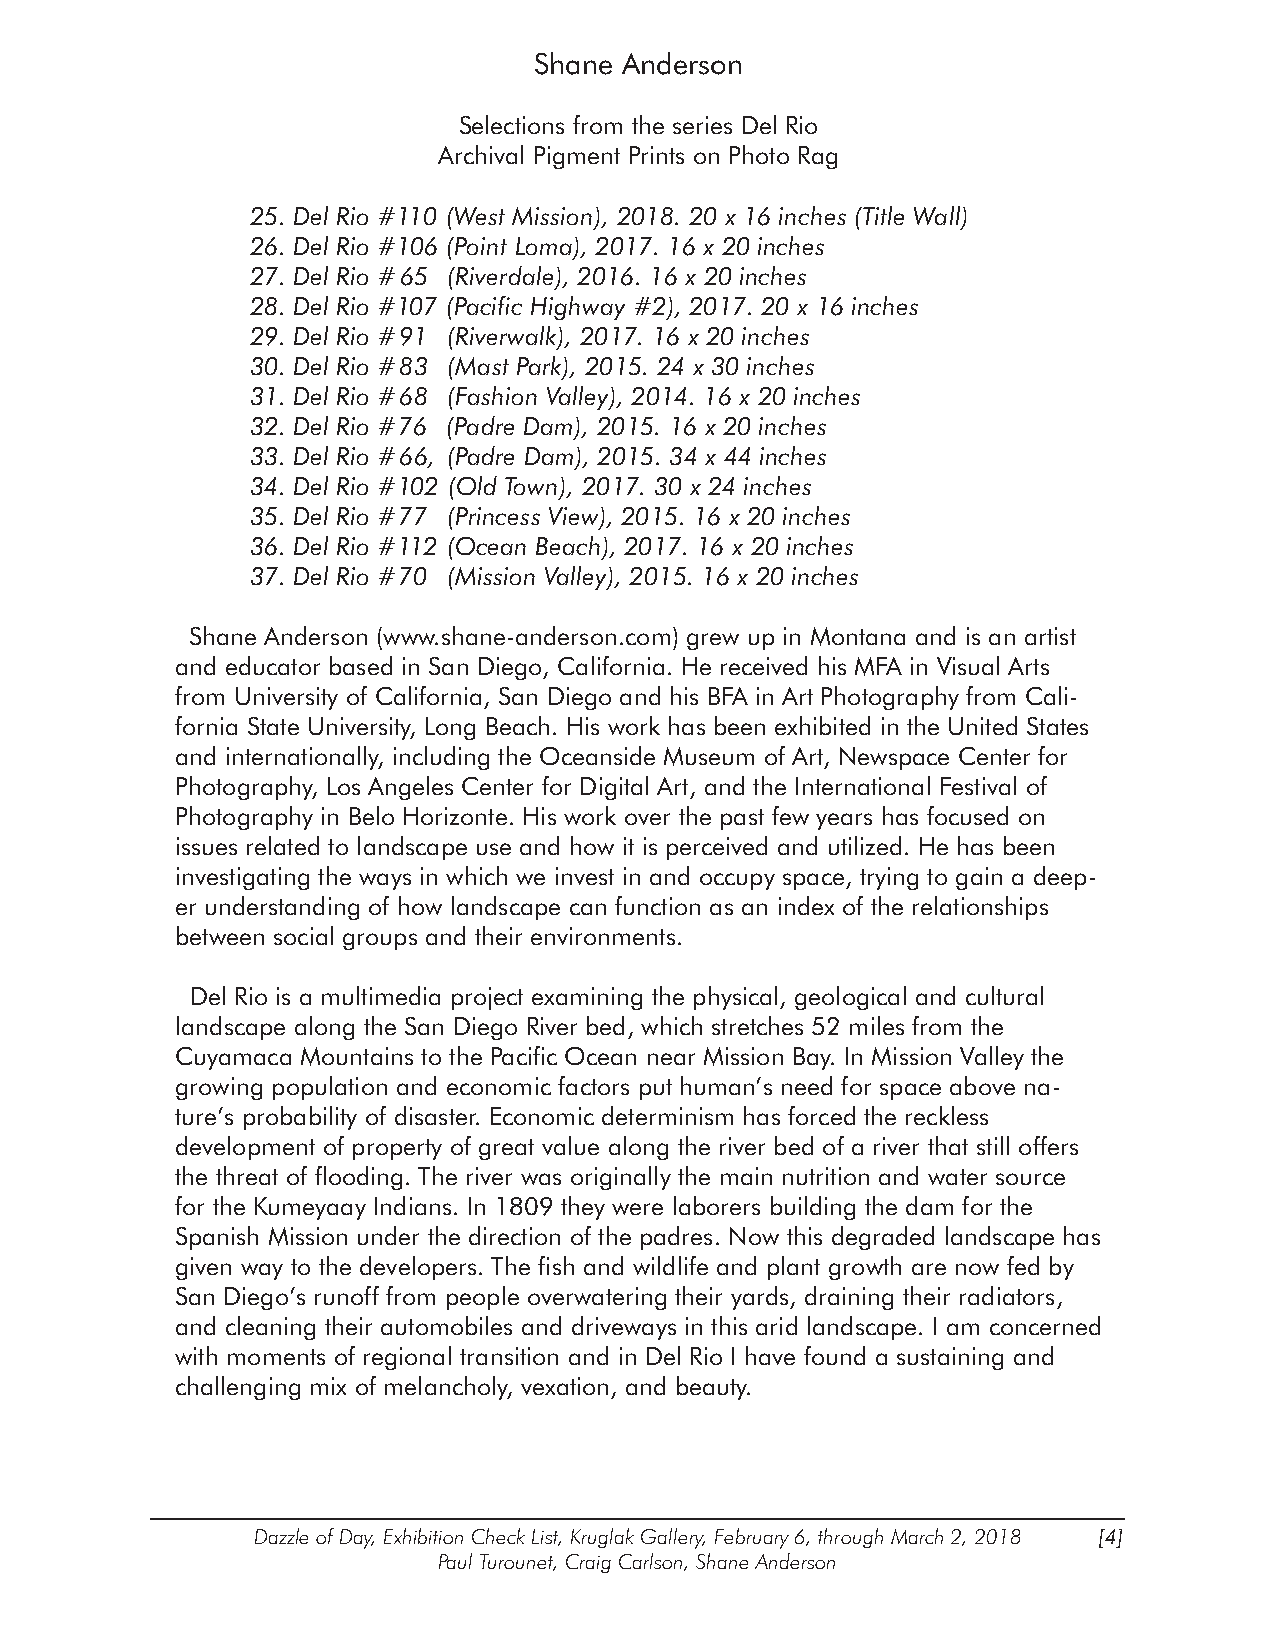
Shane Anderson
 Selections from the series Del Rio
 Archival Pigment Prints on Photo Rag
 25. Del Rio #110 (West Mission), 2018. 20 x 16 inches (Title Wall)
 26. Del Rio #106 (Point Loma), 2017. 16 x 20 inches
 27. Del Rio #65 (Riverdale), 2016. 16 x 20 inches
 28. Del Rio #107 (Pacific Highway #2), 2017. 20 x 16 inches
 29. Del Rio #91 (Riverwalk), 2017. 16 x 20 inches
 30. Del Rio #83 (Mast Park), 2015. 24 x 30 inches
 31. Del Rio #68 (Fashion Valley), 2014. 16 x 20 inches
 32. Del Rio #76 (Padre Dam), 2015. 16 x 20 inches
 33. Del Rio #66, (Padre Dam), 2015. 34 x 44 inches
 34. Del Rio #102 (Old Town), 2017. 30 x 24 inches
 35. Del Rio #77 (Princess View), 2015. 16 x 20 inches
 36. Del Rio #112 (Ocean Beach), 2017. 16 x 20 inches
 37. Del Rio #70 (Mission Valley), 2015. 16 x 20 inches
 Shane Anderson (www.shane-anderson.com) grew up in Montana and is an artist
 and educator based in San Diego, California. He received his MFA in Visual Arts
 from University of California, San Diego and his BFA in Art Photography from Cali-
 fornia State University, Long Beach. His work has been exhibited in the United States
 and internationally, including the Oceanside Museum of Art, Newspace Center for
 Photography, Los Angeles Center for Digital Art, and the International Festival of
 Photography in Belo Horizonte. His work over the past few years has focused on
 issues related to landscape use and how it is perceived and utilized. He has been
 investigating the ways in which we invest in and occupy space, trying to gain a deep-
 er understanding of how landscape can function as an index of the relationships
 between social groups and their environments.
 Del Rio is a multimedia project examining the physical, geological and cultural
 landscape along the San Diego River bed, which stretches 52 miles from the
 Cuyamaca Mountains to the Pacific Ocean near Mission Bay. In Mission Valley the
 growing population and economic factors put human’s need for space above na-
 ture’s probability of disaster. Economic determinism has forced the reckless
 development of property of great value along the river bed of a river that still offers
 the threat of flooding. The river was originally the main nutrition and water source
 for the Kumeyaay Indians. In 1809 they were laborers building the dam for the
 Spanish Mission under the direction of the padres. Now this degraded landscape has
 given way to the developers. The fish and wildlife and plant growth are now fed by
 San Diego’s runoff from people overwatering their yards, draining their radiators,
 and cleaning their automobiles and driveways in this arid landscape. I am concerned
 with moments of regional transition and in Del Rio I have found a sustaining and
 challenging mix of melancholy, vexation, and beauty.
 Dazzle of Day, Exhibition Check List, Kruglak Gallery, February 6, through March 2, 2018 [4]
 Paul Turounet, Craig Carlson, Shane Anderson